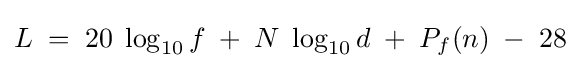
L\;=\;20\;\log _{10}f\;+\;N\;\log _{10}d\;+\;P_{f}(n)\;-\;28